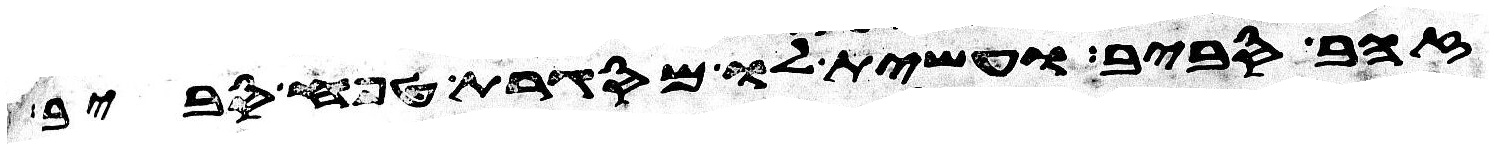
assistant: זהב סביב ועשית לו מסגרת טפח סביב